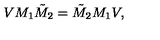
V M _ { 1 } \tilde { M } _ { 2 } = \tilde { M } _ { 2 } M _ { 1 } V ,